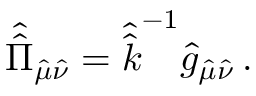
\hat { \hat { \Pi } } _ { \hat { \mu } \hat { \nu } } = \hat { \hat { k } } ^ { - 1 } \hat { g } _ { \hat { \mu } \hat { \nu } } \, .